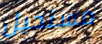
مستحيل